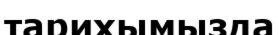
тарихымызда